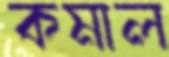
কমাল